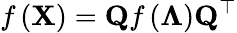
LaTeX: f\left(\mathbf{X}\right)=\mathbf{Q}f\left(\mathbf{\Lambda}\right)\mathbf{Q}^{\top}